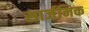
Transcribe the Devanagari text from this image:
सार्जनिक